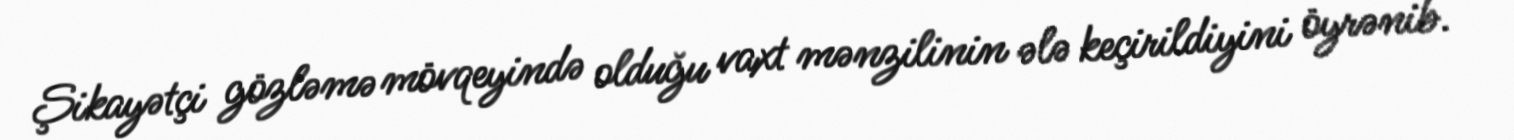
Şikayətçi gözləmə mövqeyində olduğu vaxt mənzilinin ələ keçirildiyini öyrənib.